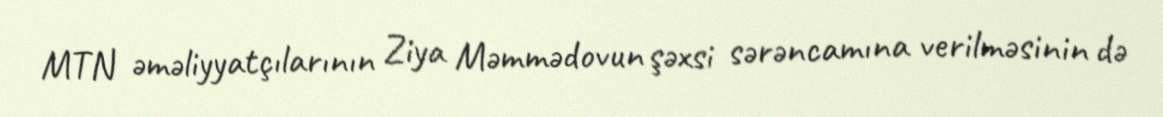
MTN əməliyyatçılarının Ziya Məmmədovun şəxsi sərəncamına verilməsinin də